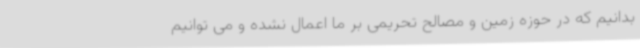
بدانیم که در حوزه زمین و مصالح تحریمی بر ما اعمال نشده و می توانیم